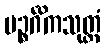
ပဉ္စင်္ဂိကသုတ္တံ